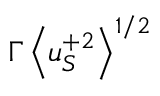
\Gamma \left< u _ { S } ^ { + 2 } \right> ^ { 1 / 2 }